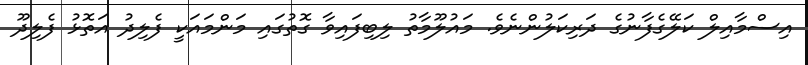
އިސްމާއިލް ކަލޭގެފާނުގެ ދަރިކަލުންނެވެ. މައުލޫމާތު ލިބިފައިވާ ގޮތުގައި މަންމައަކީ ފެލިދު އަތޮޅު ފެލިދޫ